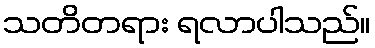
သတိတရား ရလာပါသည်။